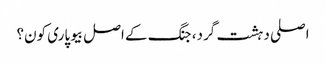
اصلی دہشت گرد، جنگ کے اصل بیوپاری کون؟